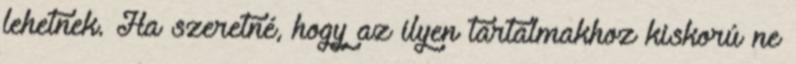
lehetnek. Ha szeretné, hogy az ilyen tartalmakhoz kiskorú ne